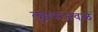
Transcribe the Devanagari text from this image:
लुइसजवळ